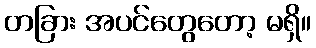
တခြား အပင်တွေတော့ မရှိ။